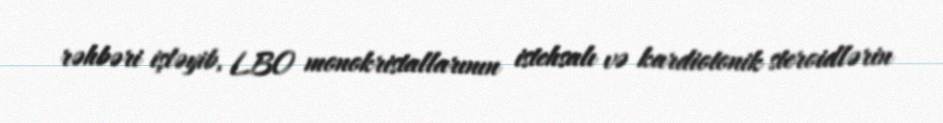
rəhbəri işləyib, LBO monokristallarının istehsalı və kardiotonik steroidlərin